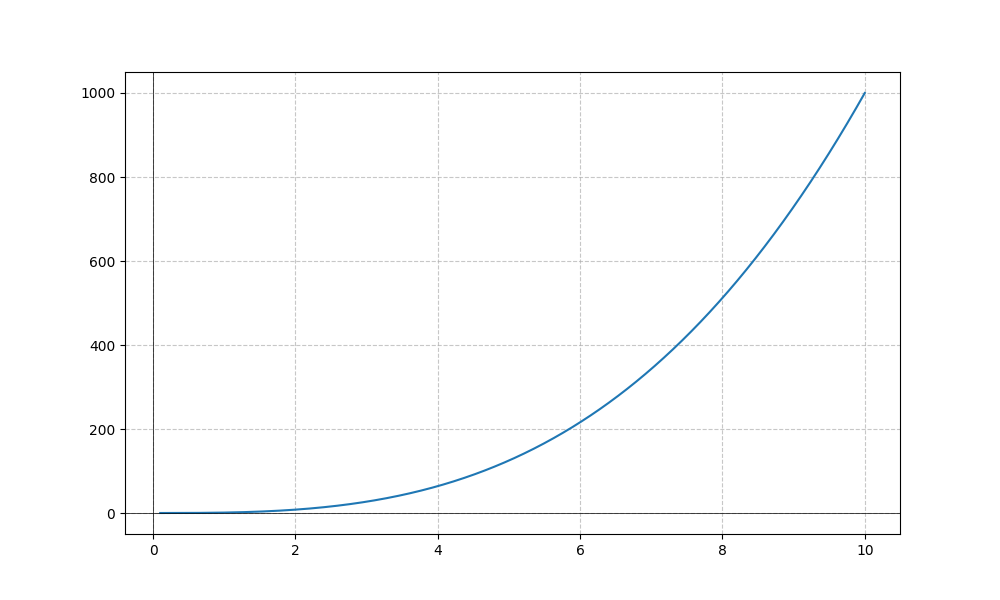
LaTeX formula: x^{3}